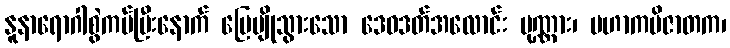
နူနာရောဂါစွဲကပ်ပြီးနောက် မြေမျိုသွားသော ဒေဝဒတ်အလောင်း ပုဏ္ဏား၊ မဟာကပိဇာတက၊